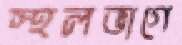
স্থলভাগে